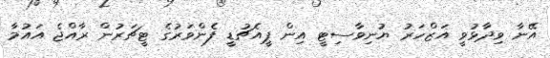
އޭނާ ވިދާޅުވީ އަޒްހަރު ޔުނިވާސިޓީ އިން ޕީއެޗުޑީ ފެންވަރުގެ ޓީޗަރުން ރާއްޖެ އައުމާ